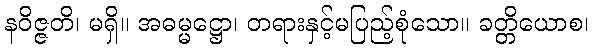
နဝိဇ္ဇတိ၊ မရှိ။ အဓမ္မဋ္ဌော၊ တရားနှင့်မပြည့်စုံသော။ ခတ္တိယောစ၊